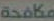
مكافحة